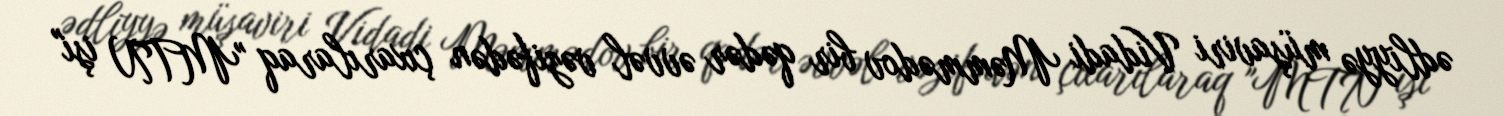
ədliyyə müşaviri Vidadi Məmmədov bir qədər əvvəl vəzifədən çıxarılaraq "MTN işi"